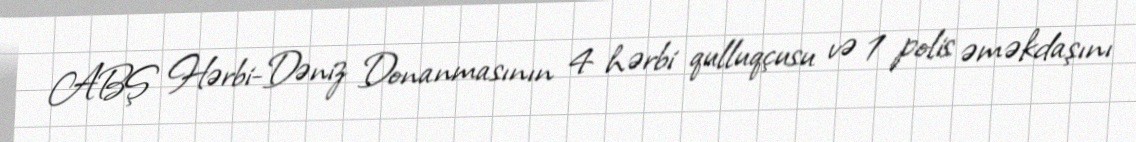
ABŞ Hərbi-Dəniz Donanmasının 4 hərbi qulluqçusu və 1 polis əməkdaşını